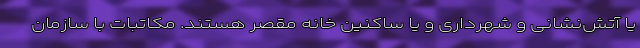
یا آتش‌نشانی و شهرداری و یا ساکنین خانه مقصر هستند. مکاتبات با سازمان